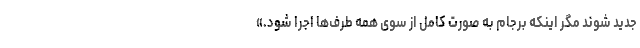
جدید شوند مگر اینکه برجام به صورت کامل از سوی همه طرف‌ها اجرا شود.»